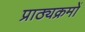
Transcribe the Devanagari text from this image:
प्राठ्यक्रमों